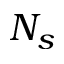
N _ { s }